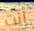
أنت